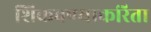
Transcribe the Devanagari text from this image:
शिकवण्याकरिता